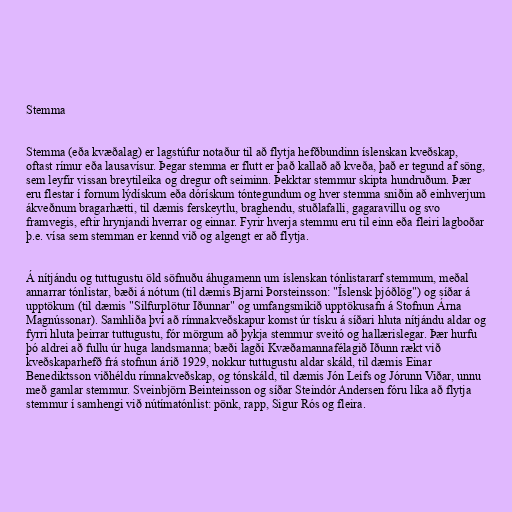
Stemma

Stemma (eða kvæðalag) er lagstúfur notaður til að flytja hefðbundinn íslenskan kveðskap,
oftast rímur eða lausavísur. Þegar stemma er flutt er það kallað að kveða, það er tegund af söng,
sem leyfir vissan breytileika og dregur oft seiminn. Þekktar stemmur skipta hundruðum. Þær
eru flestar í fornum lýdískum eða dórískum tóntegundum og hver stemma sniðin að einhverjum
ákveðnum bragarhætti, til dæmis ferskeytlu, braghendu, stuðlafalli, gagaravillu og svo
framvegis, eftir hrynjandi hverrar og einnar. Fyrir hverja stemmu eru til einn eða fleiri lagboðar
þ.e. vísa sem stemman er kennd við og algengt er að flytja.

Á nítjándu og tuttugustu öld söfnuðu áhugamenn um íslenskan tónlistararf stemmum, meðal
annarrar tónlistar, bæði á nótum (til dæmis Bjarni Þorsteinsson: "Íslensk þjóðlög") og síðar á
upptökum (til dæmis "Silfurplötur Iðunnar" og umfangsmikið upptökusafn á Stofnun Árna
Magnússonar). Samhliða því að rímnakveðskapur komst úr tísku á síðari hluta nítjándu aldar og
fyrri hluta þeirrar tuttugustu, fór mörgum að þykja stemmur sveitó og hallærislegar. Þær hurfu
þó aldrei að fullu úr huga landsmanna; bæði lagði Kvæðamannafélagið Iðunn rækt við
kveðskaparhefð frá stofnun árið 1929, nokkur tuttugustu aldar skáld, til dæmis Einar
Benediktsson viðhéldu rímnakveðskap, og tónskáld, til dæmis Jón Leifs og Jórunn Viðar, unnu
með gamlar stemmur. Sveinbjörn Beinteinsson og síðar Steindór Andersen fóru líka að flytja
stemmur í samhengi við nútímatónlist: pönk, rapp, Sigur Rós og fleira.